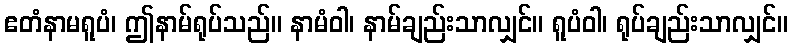
ဧတံနာမရူပံ၊ ဤနာမ်ရုပ်သည်။ နာမံဝါ၊ နာမ်ချည်းသာလျှင်။ ရူပံဝါ၊ ရုပ်ချည်းသာလျှင်။